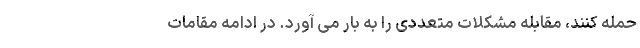
حمله کنند، مقابله مشکلات متعددی را به بار می آورد. در ادامه مقامات